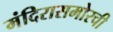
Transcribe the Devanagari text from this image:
मंदिरासमोरची